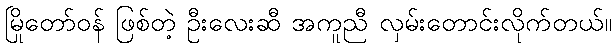
မြိုတော်ဝန် ဖြစ်တဲ့ ဦးလေးဆီ အကူညီ လှမ်းတောင်းလိုက်တယ်။